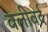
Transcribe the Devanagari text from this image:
बलीवर्द